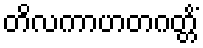
တိလကာဟတဂတ္တိံ